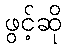
ဖွင့်ဆို